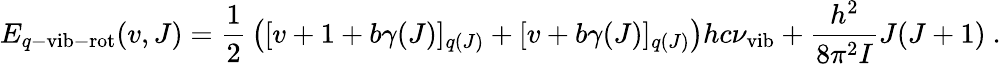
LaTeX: E_{q-\mathrm{vib-rot}}(v,J)={\frac{1}{2}}\left([v+1+b\gamma(J)]_{q(J)}+[v+b\gamma(J)]_{q(J)}\right)hc\nu_{\mathrm{vib}}+\frac{h^{2}}{8\pi^{2}I}J(J+1)~.